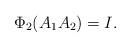
LaTeX: \begin{align*}\Phi_2 (A_1 A_2) = I.\end{align*}